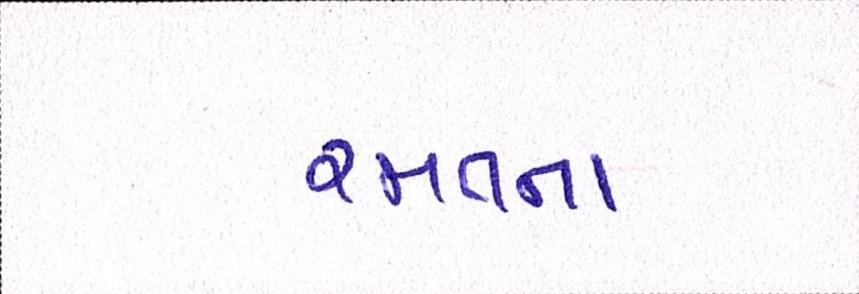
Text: રમતના